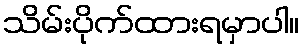
သိမ်းပိုက်ထားရမှာပါ။